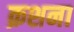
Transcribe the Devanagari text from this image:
क्रशना